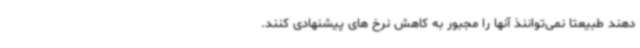
دهند طبیعتاً نمی‌تواننذ آنها را مجبور به کاهش نرخ های پیشنهادی کنند.